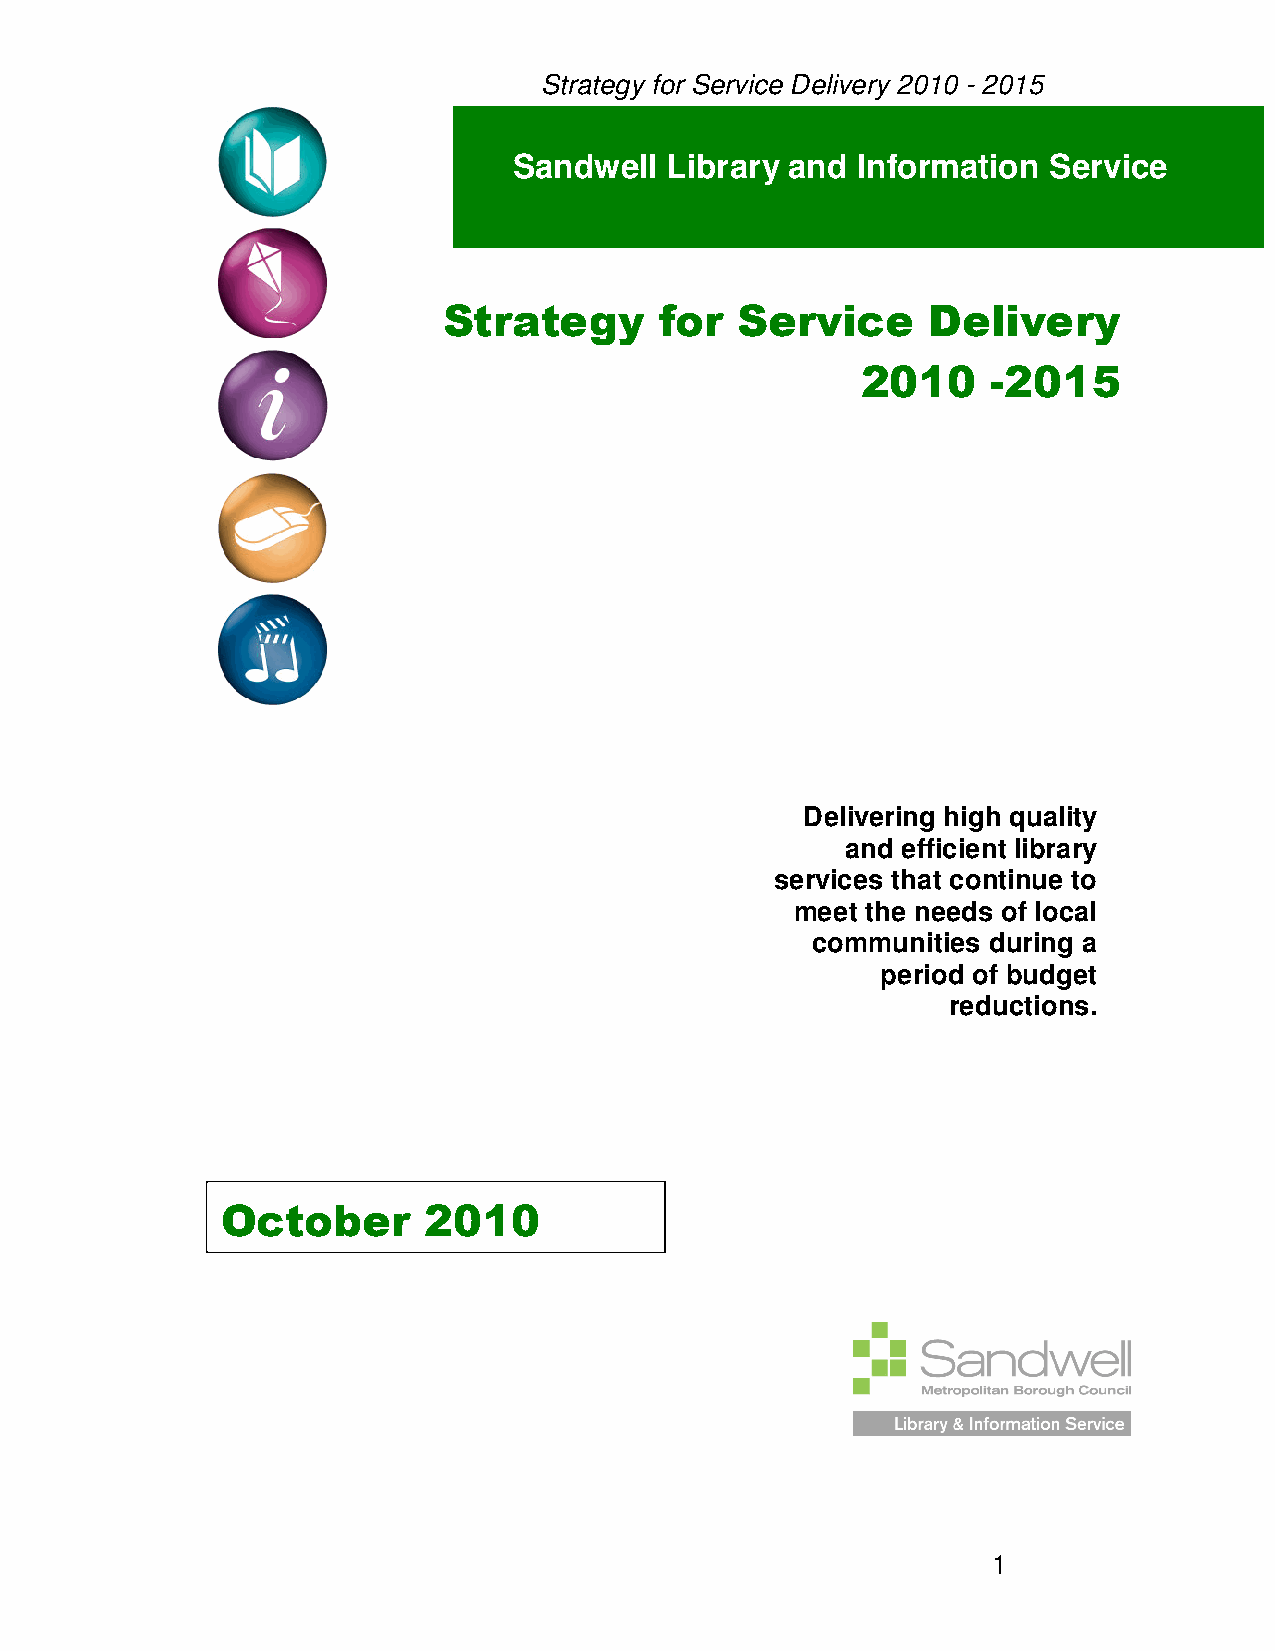
Strategy for Service Delivery 2010 - 2015
 Sandwell  Library and  Information Service
 Strategy       for  Service      Delivery
 2010     -2015
 Delivering high quality
 and efficient library
 services that continue to
 meet the needs of local
 communities during a
 period of budget
 reductions.
 O ctober     2010
 1